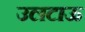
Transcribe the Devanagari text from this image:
उलटाऊ